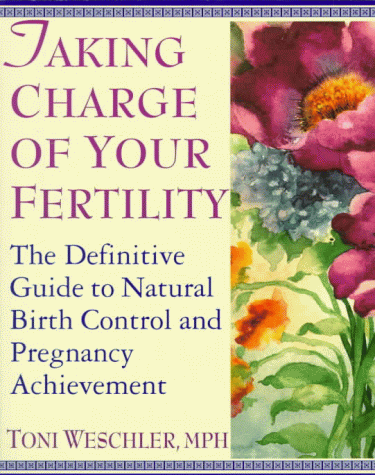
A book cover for Taking Charge of Your Fertility: The Definitive Guide to Natural Birth Control and Pregnancy Achievement; Toni Weschler; Parenting & Relationships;